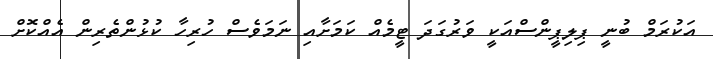
އަކުރަމް ބުނީ ޕިލިޕީންސްއަކީ ވަރުގަދަ ޓީމެއް ކަމަށާއި ނަމަވެސް ހުރިހާ ކުޅުންތެރިން އެއްކޮށް